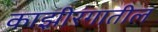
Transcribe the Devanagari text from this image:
काझ़ीरंगातील